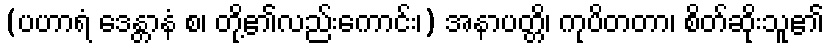
(ပဟာရံ ဒေန္တာနံ စ၊ တို့၏လည်းကောင်း၊) အနာပတ္တိ၊ ကုပိတတာ၊ စိတ်ဆိုးသူ၏